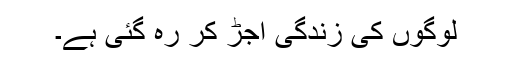
لوگوں کی زندگی اجڑ کر رہ گئی ہے۔